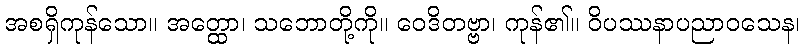
အစရှိကုန်သော။ အတ္ထော၊ သဘောတို့ကို။ ဝေဒိတဗ္ဗာ၊ ကုန်၏။ ဝိပဿနာပညာဝသေန၊